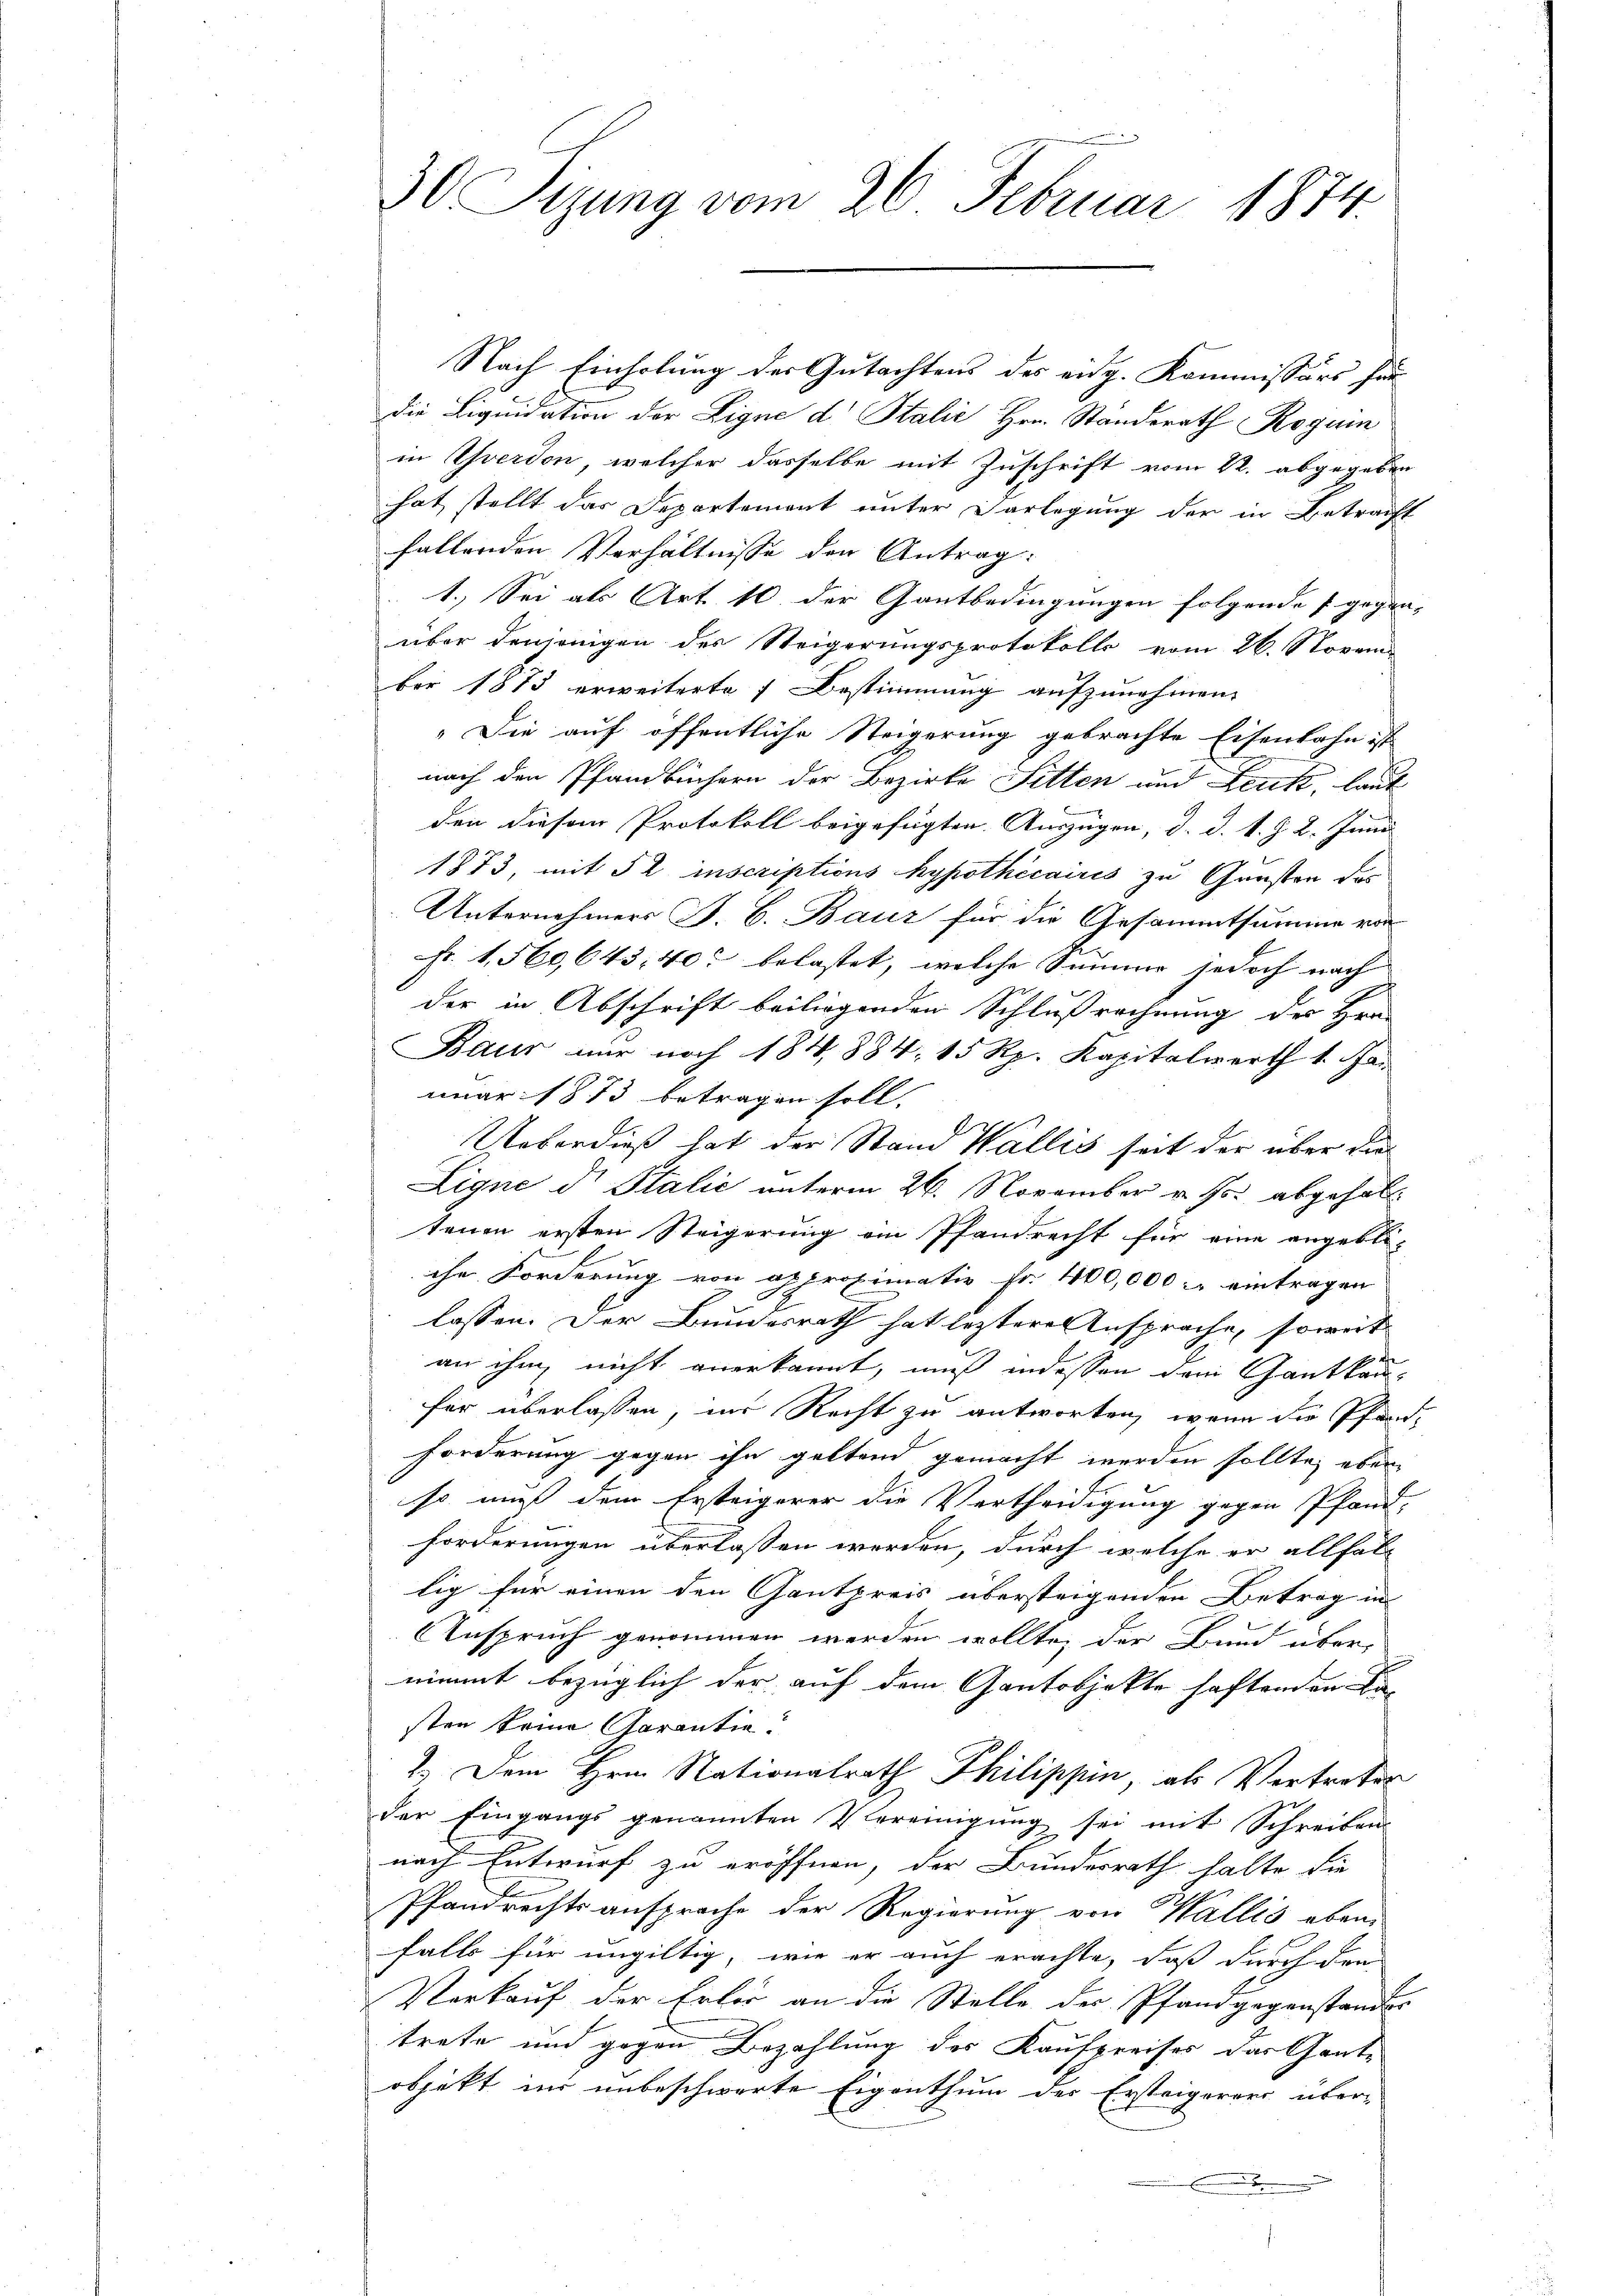
30 Sizung vom 26. Februar 1874.

Nach Einholung des Gutachtens des eidg. Kommissärs fün
die Liquidation der Eigne d Italić Hrn. Standerath Rogui
in Yverdon, welcher dasselbe mit Zuschrift vom 22. abgegeben
hat stellt das Departement unter Vorlegung der in Betracht
fallenden Verhältnisse den Antrag:
1.) Sei als Art. 10 der Gantbedingungen folgende gegen-
über denjenigen der Steigerungsprotokolls vom 26. Novem
ber 1875 erweiterte Bestimmung aufzunehmen.
„Die auf öffentliche Steigerung gebrachte Eisenbahn ist
nach den Pfandbüchern der Bezirke Sitten und Leuk, laut
den diesem Protokoll beigefügten Auszügen, d. d. d. J. L. Juni
1873, mit § 2 inscriptions hypothécaires zu Gunsten das
Unternehmers P. B. Bauz für die Gesammtsumme von
Fr. 1,560, 643, 40 belastet, welche Summe jedoch nach
der in Abschrift beiliegenden Schlußrechnung des Hrn.
Baur nur noch 184, 884. 15 Rp. Kapitalwerth 1. Ja
nuar 1873 betragen soll.
Ueberdieß hat der Stand Wallis seit der über die
Ligne d. Stalić unterm 26. November v. Js. abgehalt
tenen ersten Steigerung ein Pfandrecht für eine angebliche Forderung von approximativ fr. 400,000.- eintragen
.
lassen. Der Bundesrath hat leztere Ansprache, soweit
an ihm nicht anerkannt, muß indessen dem Gantkaufür überlassen, ins Recht zu antworten, wenn die Pfar¬
Forderung gegen ihn geltend gemacht werden sollte, aber
so muß dem Ersteigerer die Vertheidigung gegen Pfand-
forderungen überlassen werden, durch welche er allfal-
lig für einen den Gantpreis übersteigenden Betrag in
Anspruch genommen werden wollte, der Bund über-
nimmt bezüglich der auf dem Gantobjekte haftenden Fa-
sten keine Garantie!
2.) Dem Hrn. Nationalrath Philippen, als Vertreter
der Eingangs genannten Vereinigung sei mit Schreiben
nach Entwurf zu eröffnen, der Bundesrath halte die
Pfandrechtsansprache der Regierung von Wallis eben
falls für ungültig, wie er auch erachte, daß durch den
Vorkauf der Erler an die Stelle des Pfandgegenstandes
trete und gegen Bezahlung des Kaufpreises das Garte
objekt ins unbeschwerte Eigenthum des Ersteigerers über-
.